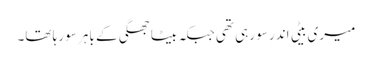
میری بیٹی اندر سو رہی تھی جبکہ بیٹا جھگی کے باہر سو رہا تھا۔